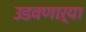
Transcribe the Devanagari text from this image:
उडवणाऱ्या